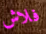
فلاش